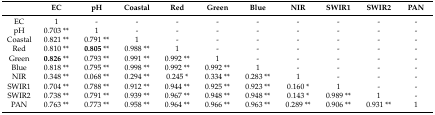
<table><thead><tr><td></td><td><b>EC</b></td><td><b>pH</b></td><td><b>Coastal</b></td><td><b>Red</b></td><td><b>Green</b></td><td><b>Blue</b></td><td><b>NIR</b></td><td><b>SWIR1</b></td><td><b>SWIR2</b></td><td><b>PAN</b></td></tr></thead><tbody><tr><td>EC</td><td>1</td><td>-</td><td>-</td><td>-</td><td>-</td><td>-</td><td>-</td><td>-</td><td>-</td><td>-</td></tr><tr><td>pH</td><td>0.703 **</td><td>1</td><td>-</td><td>-</td><td>-</td><td>-</td><td>-</td><td>-</td><td>-</td><td>-</td></tr><tr><td>Coastal</td><td>0.821 **</td><td>0.791 **</td><td>1</td><td>-</td><td>-</td><td>-</td><td>-</td><td>-</td><td>-</td><td>-</td></tr><tr><td>Red</td><td>0.810 **</td><td><b>0.805</b> **</td><td>0.988 **</td><td>1</td><td>-</td><td>-</td><td>-</td><td>-</td><td>-</td><td>-</td></tr><tr><td>Green</td><td><b>0.826</b> **</td><td>0.793 **</td><td>0.991 **</td><td>0.992 **</td><td>1</td><td>-</td><td>-</td><td>-</td><td>-</td><td>-</td></tr><tr><td>Blue</td><td>0.818 **</td><td>0.795 **</td><td>0.998 **</td><td>0.992 **</td><td>0.992 **</td><td>1</td><td>-</td><td>-</td><td>-</td><td>-</td></tr><tr><td>NIR</td><td>0.348 **</td><td>0.068 **</td><td>0.294 **</td><td>0.245 *</td><td>0.334 **</td><td>0.283 **</td><td>1</td><td>-</td><td>-</td><td>-</td></tr><tr><td>SWIR1</td><td>0.704 **</td><td>0.788 **</td><td>0.912 **</td><td>0.944 **</td><td>0.925 **</td><td>0.923 **</td><td>0.160 *</td><td>1</td><td>-</td><td>-</td></tr><tr><td>SWIR2</td><td>0.738 **</td><td>0.791 **</td><td>0.939 **</td><td>0.967 **</td><td>0.948 **</td><td>0.948 **</td><td>0.143 *</td><td>0.989 **</td><td>1</td><td>-</td></tr><tr><td>PAN</td><td>0.763 **</td><td>0.773 **</td><td>0.958 **</td><td>0.964 **</td><td>0.966 **</td><td>0.963 **</td><td>0.289 **</td><td>0.906 **</td><td>0.931 **</td><td>1</td></tr></tbody></table>